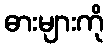
ဓားများကို